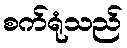
စက်ရုံသည်